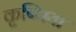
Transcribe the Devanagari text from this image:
कृष्णिया